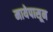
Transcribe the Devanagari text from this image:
मायेपासून